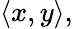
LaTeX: \langle x,y\rangle,